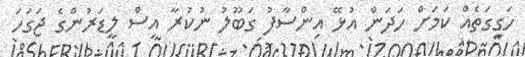
ހަގީގަތެއް ކަމަށް ހަދަން އުޅޭ އިންސާފު ގަބޫލު ނުކުރާ އިސް ލީޑަރުންގެ ޖަގަހަ